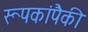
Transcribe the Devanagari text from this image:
रूपकांपैकी